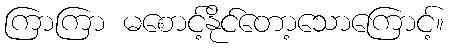
ကြာကြာ မစောင့်နိုင်တော့သောကြောင့်။